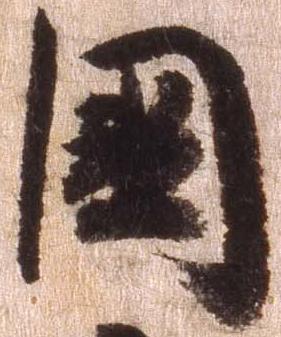
国